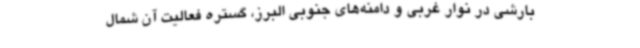
بارشی در نوار غربی و دامنه‌های جنوبی البرز، گستره فعالیت آن شمال